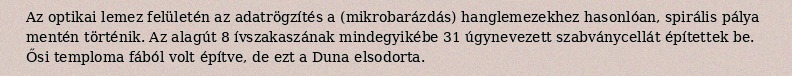
Az optikai lemez felületén az adatrögzítés a (mikrobarázdás) hanglemezekhez hasonlóan, spirális pálya mentén történik. Az alagút 8 ívszakaszának mindegyikébe 31 úgynevezett szabványcellát építettek be. Ősi temploma fából volt építve, de ezt a Duna elsodorta.